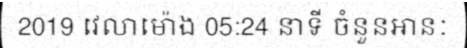
2019 វេលាម៉ោង 05:24 នាទី ចំនួនអានៈ